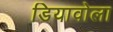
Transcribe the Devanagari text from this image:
डियावोला